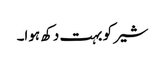
شیر کو بہت دکھ ہوا۔